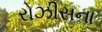
રોઝીસના